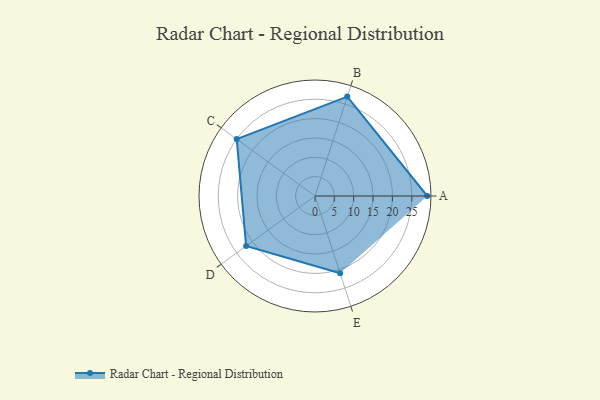
{"axis": {"x": "Skill", "y": "Score"}, "legend": ["Profile"], "data": [{"x": "A", "y": 29.0, "type": "Profile"}, {"x": "B", "y": 27.0, "type": "Profile"}, {"x": "C", "y": 25.0, "type": "Profile"}, {"x": "D", "y": 22.0, "type": "Profile"}, {"x": "E", "y": 21.0, "type": "Profile"}]}